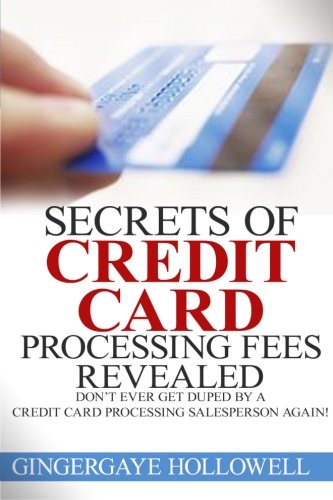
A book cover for Secrets of Credit Card Processing Fees Revealed: Don't Ever Get Duped by a Credit Card Processing Salesperson Again!; Gingergaye Hollowell; Business & Money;